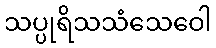
သပ္ပုရိသသံသေဝေါ